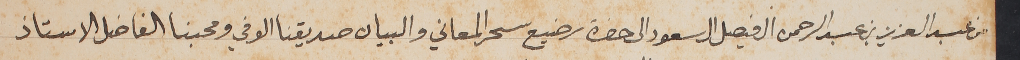
من عبد العزيز بن عبد الرحمن ال فيصل ال سعود الى حضرة رضيع سحر المعاني والبيان صديقنا الوفي ومحبنا الفاضل الاستاذ